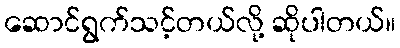
ဆောင်ရွက်သင့်တယ်လို့ ဆိုပါတယ်။